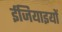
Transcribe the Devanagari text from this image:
ईजियाइयों